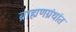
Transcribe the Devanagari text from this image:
ब्राह्मणग्रंथांत